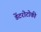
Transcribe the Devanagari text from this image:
डेंटरोटोकी